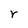
Character: r